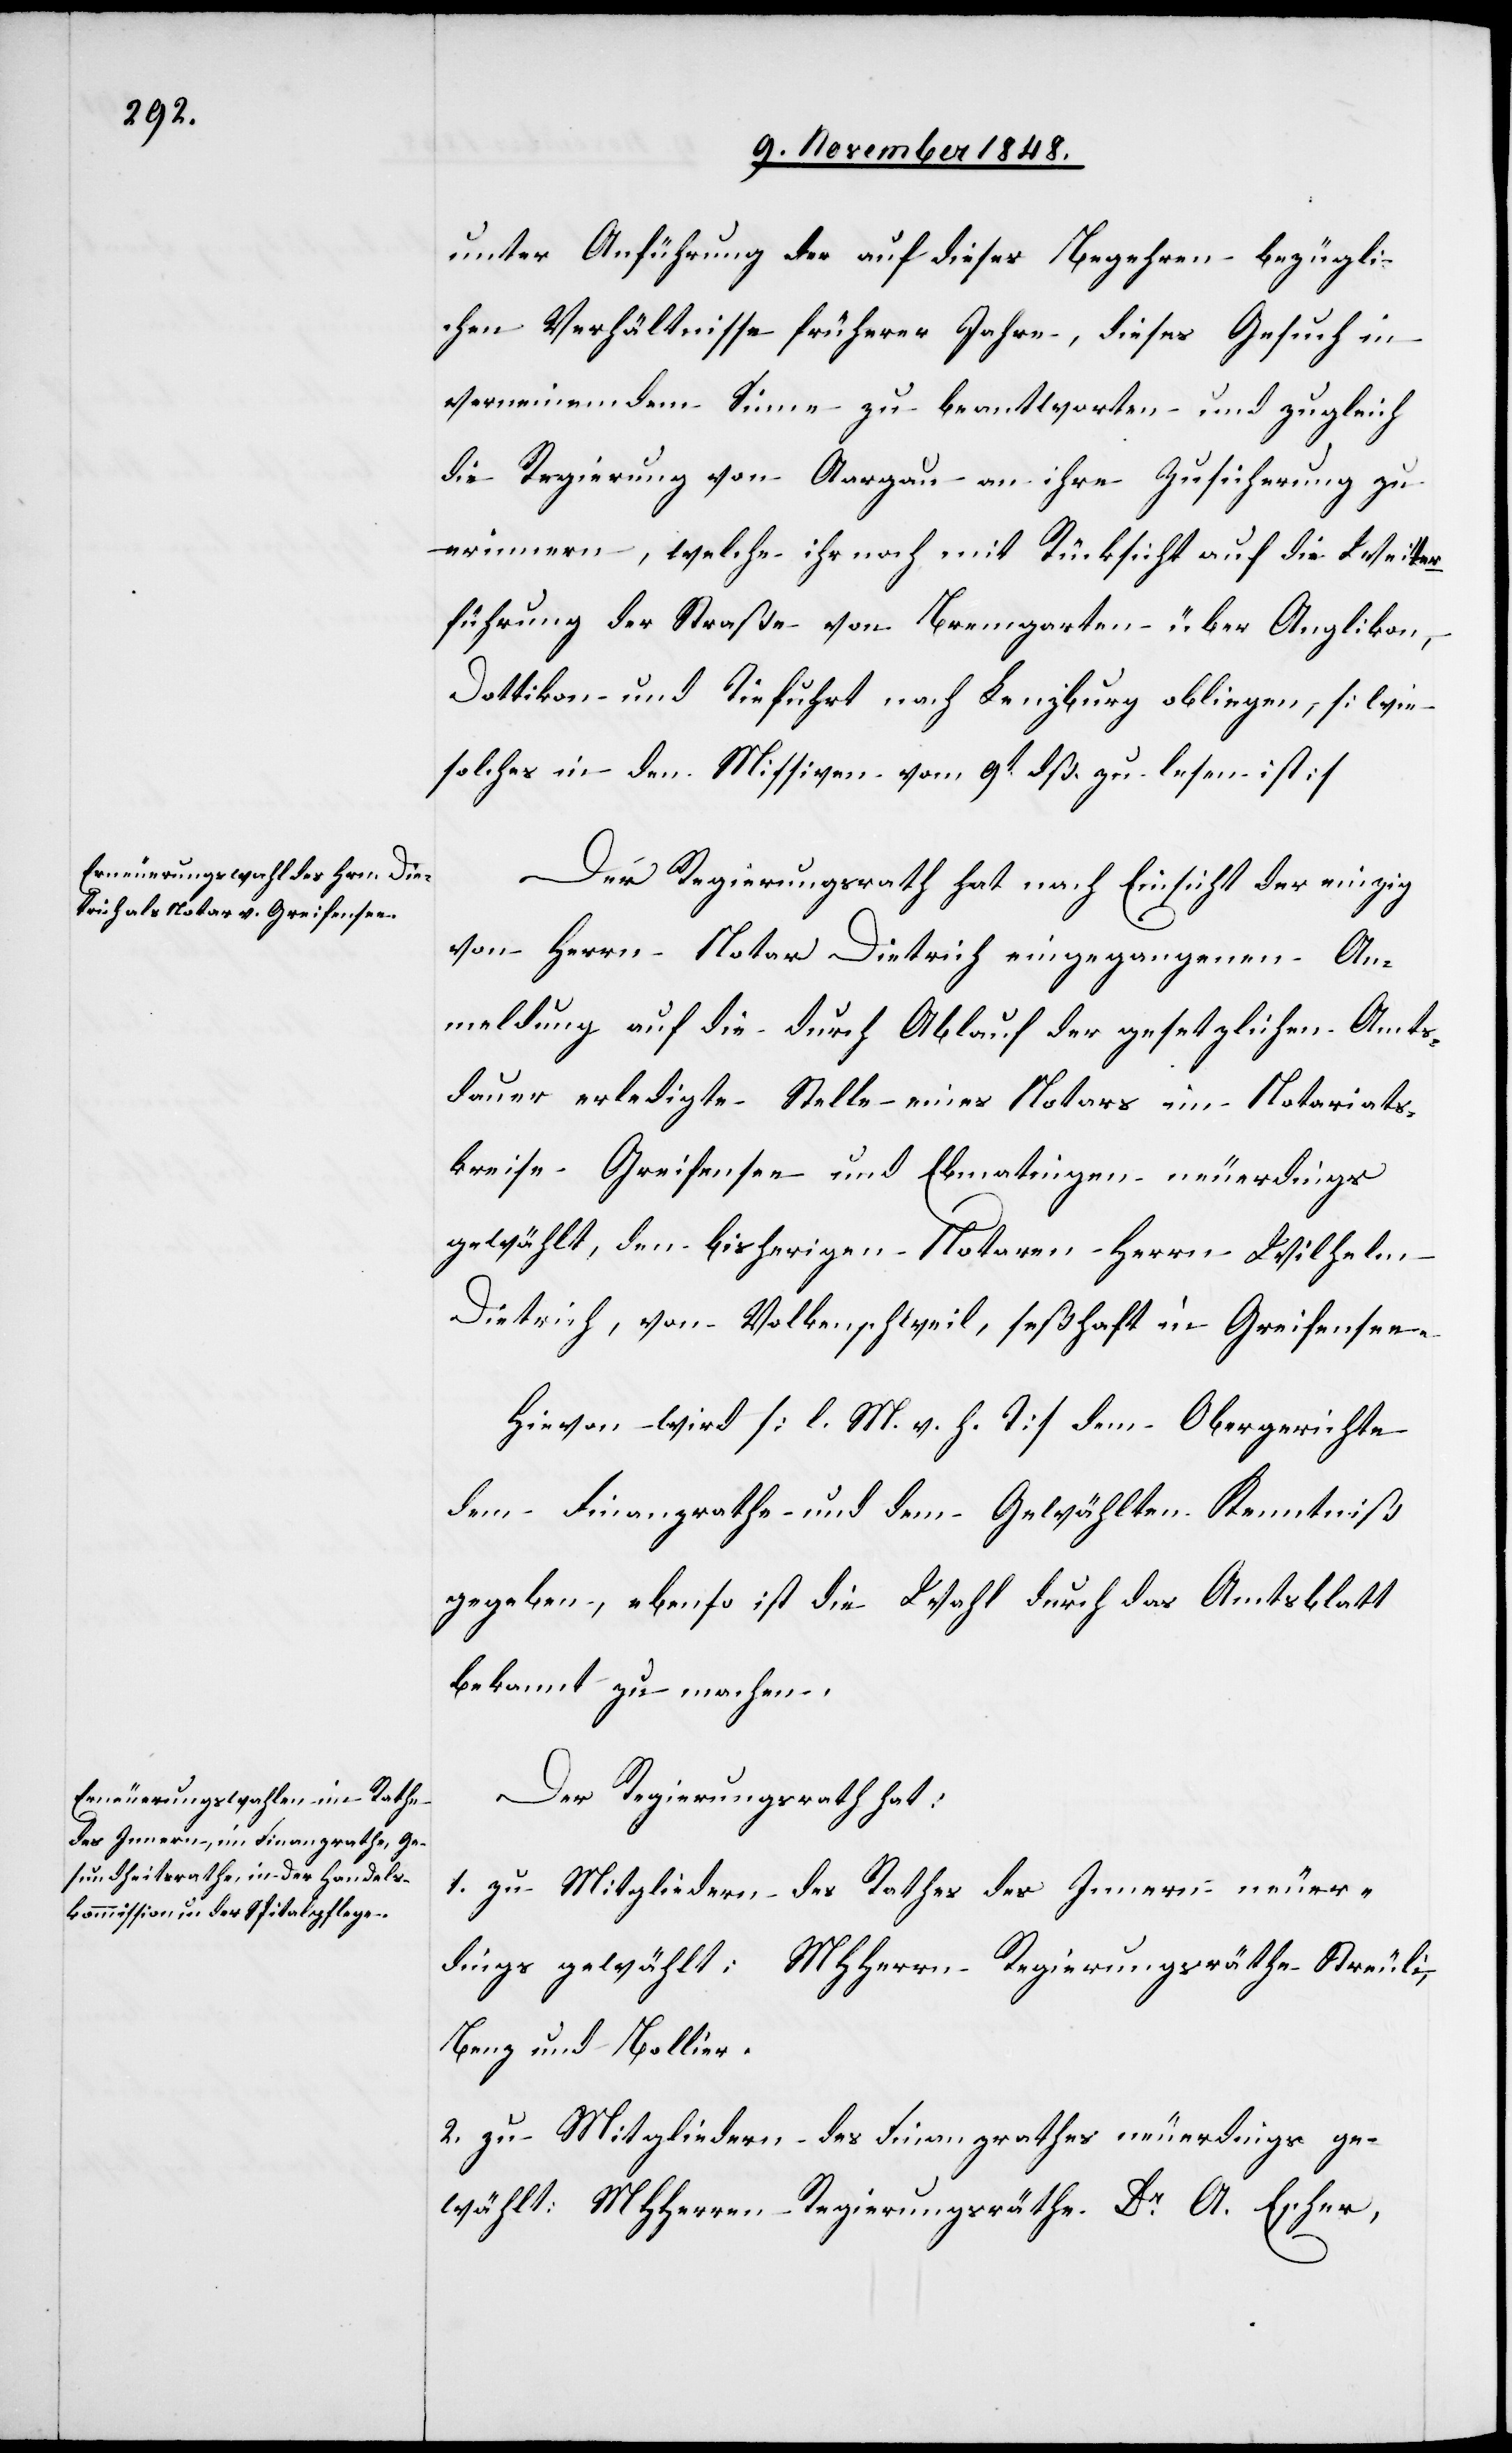
unter Anführung der auf dieses Begehren bezügli¬
chen Verhältnisse früherer Jahre, dieses Gesuch in
verneinendem Sinne zu beantworten und zugleich
die Regierung von Aargau an ihre Zusicherung zu
erinnern, welche ihr noch mit Rücksicht auf die Weiter¬
führung der Straße von Bremgarten über Anglikon,
Dottikon und Tiefuhrt nach Lenzburg obliegen, [wie
solches in den Missiven vom 9t dß. zu lesen ist]
Der Regierungsrath hat nach Einsicht der einzig
von Herrn Notar Dietrich eingegangenen An¬
meldung auf die durch Ablauf der gesetzlichen Amts¬
dauer erledigte Stelle eines Notars im Notariats¬
kreise Greifensee und Ebmatingen neuerdings
gewählt, den bisherigen Notaren Herrn Wilhelm
Dietrich, von Volkenschweil, seßhaft in Greifensee.
Hievon wird [l. M. v. h. T] dem Obergerichte,
dem Finanzrathe und dem Gewählten Kenntniß
gegeben, ebenso ist die Wahl durch das Amtsblatt
bekannt zu machen.
Der Regierungsrath hat:
1. zu Mitgliedern des Rathes des Innern neuer¬
dings gewählt: MHHerrn Regierungsräthe Streuli,
Benz und Bollier.
2. zu Mitgliedern des Finanzrathes neuerdings ge¬
wählt: MHHerren Regierungsräthe Dr A. Escher,